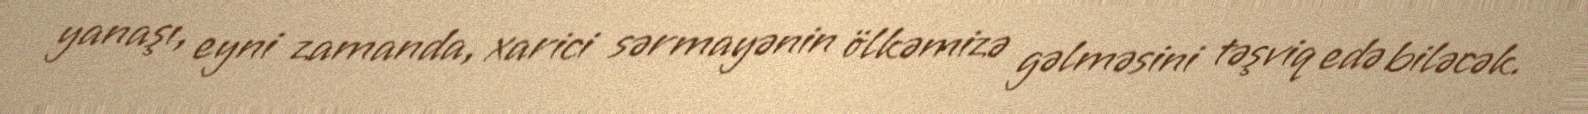
yanaşı, eyni zamanda, xarici sərmayənin ölkəmizə gəlməsini təşviq edə biləcək.